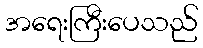
အရေးကြီးပေသည်